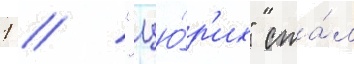
1 // "цю́р'их" ста́л